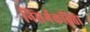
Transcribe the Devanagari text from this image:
निसर्गकविता